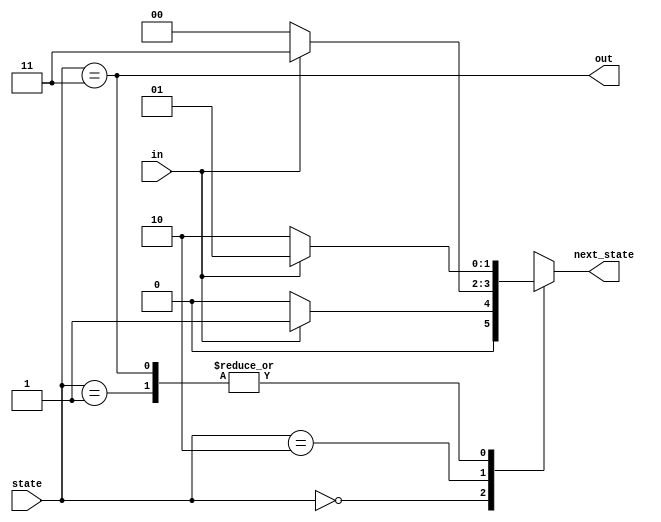
module top_module(
    input                in,
    input  [1:0]      state,
    output [1:0] next_state,
    output              out
);

    parameter A=2'b00,B=2'b01, C=2'b10, D=2'b11;
    // reg state,next_state;

    always@(*) begin
        case(state)
            A: next_state= in? B:A;
            B: next_state= in? B:C;
            C: next_state= in? D:A;
            D: next_state= in? B:C;
            
        endcase
    end

    assign out=(state==D);



endmodule